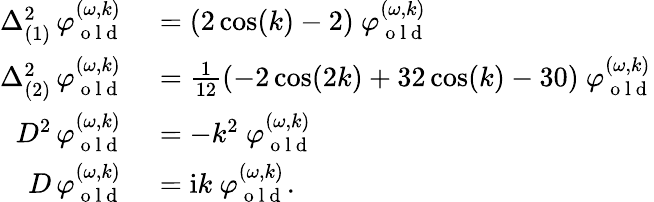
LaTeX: \begin{array}{rl}{\Delta_{(1)}^{2}\, \varphi_{\mathrm{~o~l~d~}}^{(\omega,k)}}&{{}=(2\cos(k)-2)\ \varphi_{\mathrm{~o~l~d~}}^{(\omega,k)}}\\ {\Delta_{(2)}^{2}\, \varphi_{\mathrm{~o~l~d~}}^{(\omega,k)}}&{{}=\frac{1}{12}(-2\cos(2k)+32\cos(k)-30)\ \varphi_{\mathrm{~o~l~d~}}^{(\omega,k)}}\\ {D^{2}\, \varphi_{\mathrm{~o~l~d~}}^{(\omega,k)}}&{{}=-k^{2}\ \varphi_{\mathrm{~o~l~d~}}^{(\omega,k)}}\\ {D\, \varphi_{\mathrm{~o~l~d~}}^{(\omega,k)}}&{{}=\mathrm{i}k\ \varphi_{\mathrm{~o~l~d~}}^{(\omega,k)}.}\end{array}